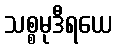
သစ္စမုဒီရယေ